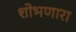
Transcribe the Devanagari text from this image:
शोभणारा